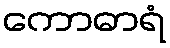
ကောဓာရံ